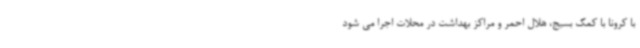
با کرونا با کمک بسیج، هلال احمر و مراکز بهداشت در محلات اجرا می شود